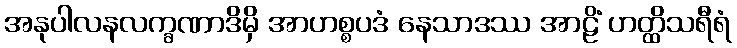
အနုပါလနလက္ခဏာဒိမှိ အာဟစ္စပဒံ နေသာဒဿ အာဠိံ ဟတ္ထိသရီရံ